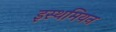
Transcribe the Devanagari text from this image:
इस्थमियन